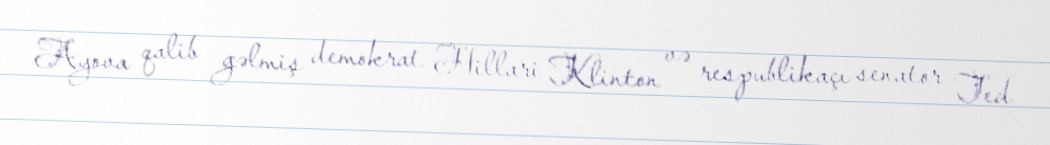
Ayova qalib gəlmiş demokrat Hillari Klinton və respublikaçı senator Ted